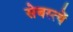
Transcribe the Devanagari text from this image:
सेबस्त्यें